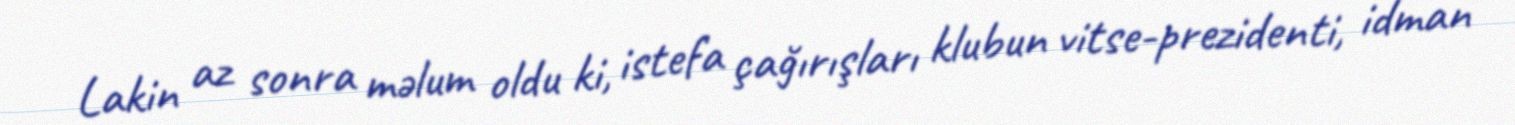
Lakin az sonra məlum oldu ki, istefa çağırışları klubun vitse-prezidenti, idman